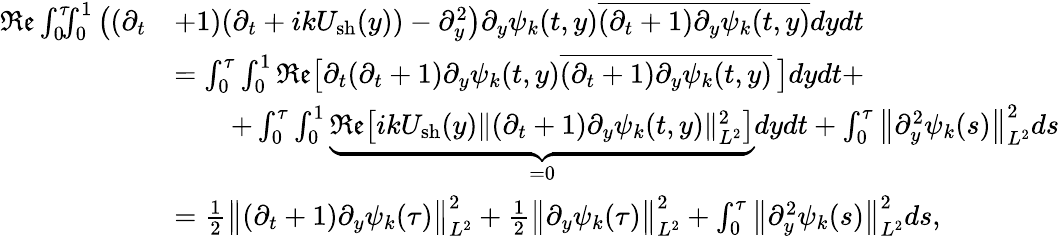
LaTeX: \begin{array}{rl}{\mathfrak{Re}\int_{0}^{\tau}\! \! \! \int_{0}^{1}\big((\partial_{t}}&{+1)(\partial_{t}+ikU_{\mathrm{sh}}(y))-\partial_{y}^{2}\big)\partial_{y}\psi_{k}(t,y)\overline{{(\partial_{t}+1)\partial_{y}\psi_{k}(t,y)}}dydt}\\ &{=\int_{0}^{\tau}\int_{0}^{1}\mathfrak{Re}\big[\partial_{t}(\partial_{t}+1)\partial_{y}\psi_{k}(t,y)\overline{{(\partial_{t}+1)\partial_{y}\psi_{k}(t,y)}}\, \big]dydt+}\\ &{\qquad+\int_{0}^{\tau}\int_{0}^{1}\underbrace{\mathfrak{Re}\big[ikU_{\mathrm{sh}}(y)\| (\partial_{t}+1)\partial_{y}\psi_{k}(t,y)\| _{L^{2}}^{2}\big]}_{=0}dydt+\int_{0}^{\tau}\big\| \partial_{y}^{2}\psi_{k}(s)\big\| _{L^{2}}^{2}ds}\\ &{=\frac{1}{2}\big\| (\partial_{t}+1)\partial_{y}\psi_{k}(\tau)\big\| _{L^{2}}^{2}+\frac{1}{2}\big\| \partial_{y}\psi_{k}(\tau)\big\| _{L^{2}}^{2}+\int_{0}^{\tau}\big\| \partial_{y}^{2}\psi_{k}(s)\big\| _{L^{2}}^{2}ds,}\end{array}